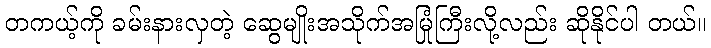
တကယ့်ကို ခမ်းနားလှတဲ့ ဆွေမျိုးအသိုက်အမြုံကြီးလို့လည်း ဆိုနိုင်ပါ တယ်။